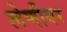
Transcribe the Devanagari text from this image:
लेणीवर